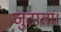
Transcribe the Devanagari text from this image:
जुटाता।